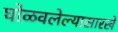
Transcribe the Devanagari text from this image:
घोळवलेल्यासारखे